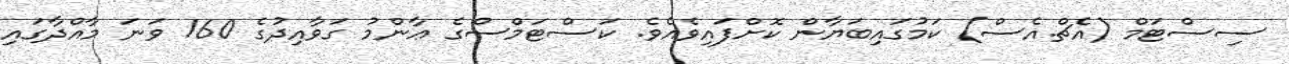
ސިސްޓަމް (އެޗް.އެސް) ކަމުގައިބަޔާން ކޮށްފައިވެއެވެ. ކަސްޓަމްސްގެ ޢާންމު ގަވާއިދުގެ 160 ވަނަ މާއްދާގައި